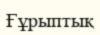
Ғұрыптық